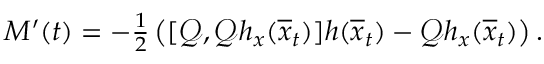
\begin{array} { r } { M ^ { \prime } ( t ) = - \frac { 1 } { 2 } \left( [ \mathscr { Q } , \mathscr { Q } h _ { x } ( \overline { { x } } _ { t } ) ] h ( \overline { { x } } _ { t } ) - \mathscr { Q } h _ { x } ( \overline { { x } } _ { t } ) \right) . } \end{array}